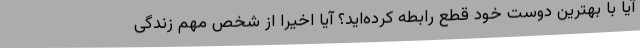
آیا با بهترین دوست خود قطع رابطه کرده‌اید؟ آیا اخیراً از شخص مهم زندگی